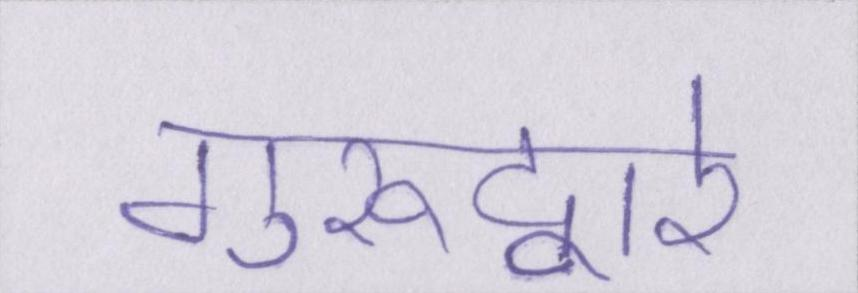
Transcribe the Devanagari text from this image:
गुरूद्वारे